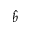
\hat { b }